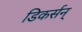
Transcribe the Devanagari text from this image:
डिकर्सन्